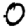
Digit: 0